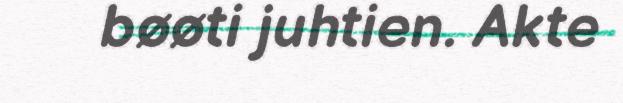
bøøti juhtien. Akte